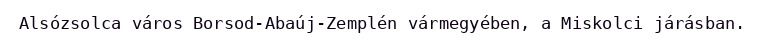
Alsózsolca város Borsod-Abaúj-Zemplén vármegyében, a Miskolci járásban.